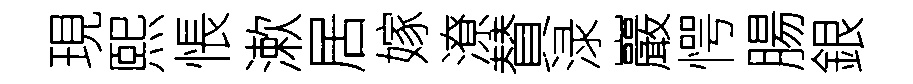
現熙悵漱居嫁潦賛渌巖愕腸銀